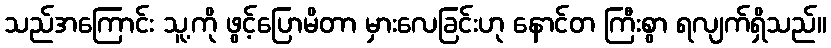
သည်အကြောင်း သူ့ကို ဖွင့်ပြောမိတာ မှားလေခြင်းဟု နောင်တ ကြီးစွာ ရလျက်ရှိသည်။